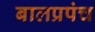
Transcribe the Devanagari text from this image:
बालप्रपंच